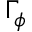
\Gamma _ { \phi }